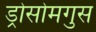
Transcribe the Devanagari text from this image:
ड्रोसोमगुस